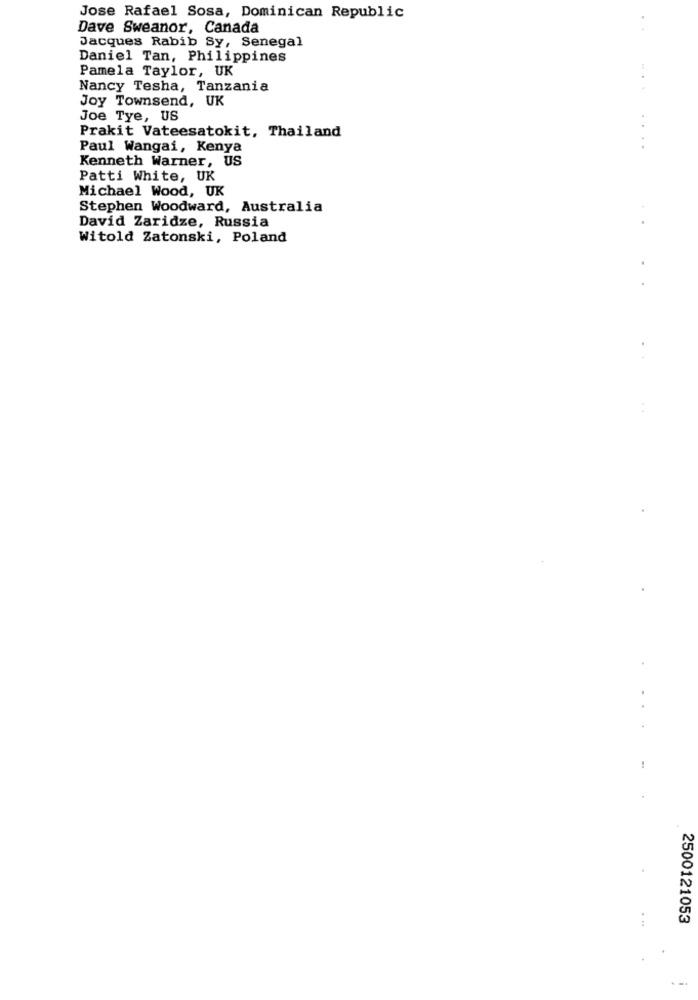
Jose Rafael Sosa, Dominican Republic
Dave Sweanor, Canada
Jacques Rabib Sy, Senegal
Daniel Tan, Philippines
Pamela Taylor, UK
Nancy Tesha, Tanzania
Joy Townsend, UK
Joe Tye, US
Prakit Vateesatokit, Thailand
Paul Wangai, Kenya
....
Kenneth Warner, US
Patti White, UK
Michael Wood, UK
Stephen Woodward, Australia
David Zaridze, Russia
Witold Zatonski, Poland
...
2500121053